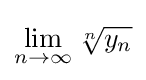
\lim _{n\to \infty }{\sqrt[{n}]{y_{n}}}